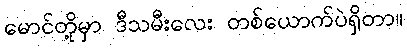
မောင်တို့မှာ ဒီသမီးလေး တစ်ယောက်ပဲရှိတာ။